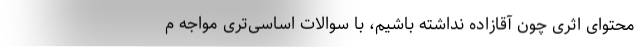
محتوای اثری چون آقازاده نداشته باشیم، با سوالات اساسی‌تری مواجه م